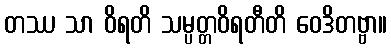
တဿ သာ ဝိရတိ သမ္ပတ္တဝိရတီတိ ဝေဒိတဗ္ဗာ။